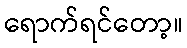
ရောက်ရင်တော့။